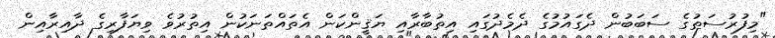
"މިފުރުސަތުގެ ސަބަބުން ދެގައުމުގެ ދެމެދުގައި އިތުބާރާއި ޔަޤީންކަން އެތައްތަނަކުން އިތުރުވެ ވިޔަފާރިގެ ދާއިރާއިން